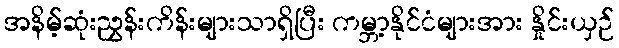
အနိမ့်ဆုံးညွှန်းကိန်းများသာရှိပြီး ကမ္ဘာ့နိုင်ငံများအား နှိုင်းယှဉ်